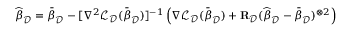
\widehat { { \boldsymbol \beta } } _ { \mathcal { D } } = \bar { { \boldsymbol \beta } } _ { \mathcal { D } } - [ \nabla ^ { 2 } \mathcal { L } _ { \mathcal { D } } ( \bar { { \boldsymbol \beta } } _ { \mathcal { D } } ) ] ^ { - 1 } \left( \nabla \mathcal { L } _ { \mathcal { D } } ( \bar { { \boldsymbol \beta } } _ { \mathcal { D } } ) + \mathbf { R } _ { \mathcal { D } } ( \widehat { { \boldsymbol \beta } } _ { \mathcal { D } } - \bar { { \boldsymbol \beta } } _ { \mathcal { D } } ) ^ { \otimes 2 } \right)